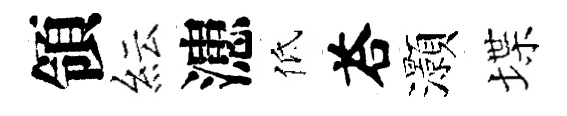
領紜漶低荅灝堞